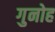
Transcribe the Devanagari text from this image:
गुनोह